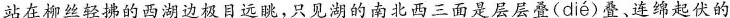
站在柳丝轻拂的西湖边极目远眺，只见湖的南北西三面是层层叠( dié )叠、连绵起伏的